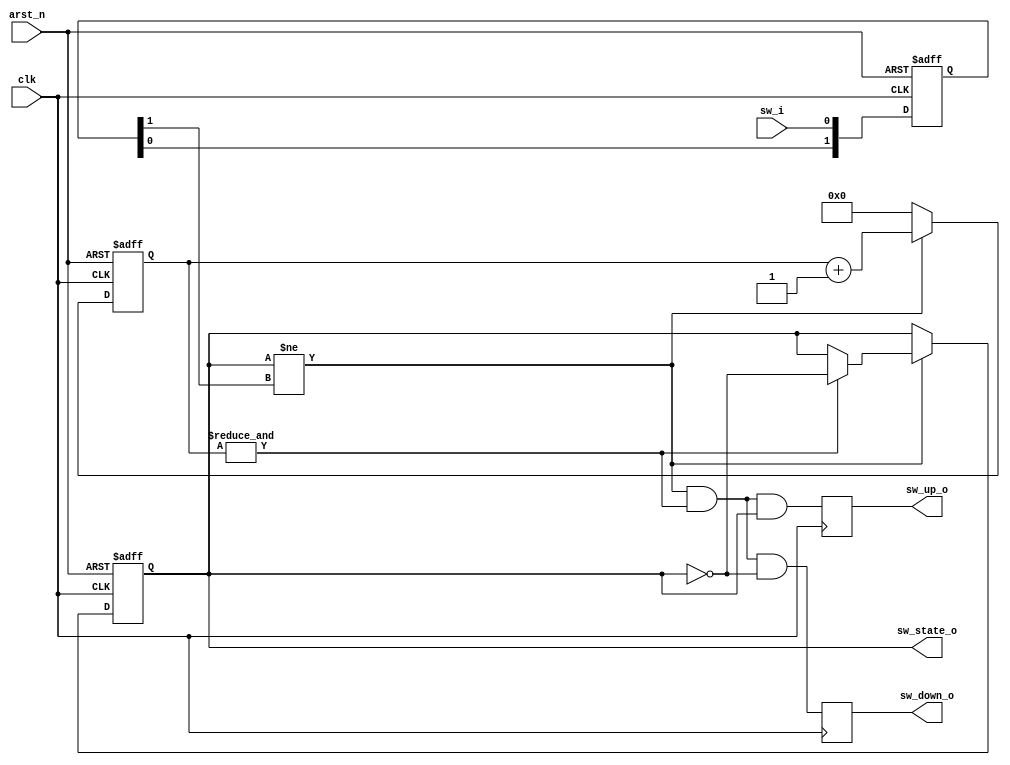
module button_debouncer #(
  parameter    CNT_WIDTH = 16
)(
  input clk     ,
  input arst_n  ,
  input sw_i    ,  
 
  output reg sw_state_o,  
  output reg sw_down_o,  
  output reg sw_up_o   
);
 
reg   [1:0] sw_r;
always @ ( posedge clk or negedge arst_n ) begin
  if ( !arst_n )
    sw_r <= 2'b00;
  else
    sw_r <= {sw_r[0], sw_i};
end 

reg [CNT_WIDTH-1:0] sw_count;
 
wire sw_change_f = (sw_state_o != sw_r[1]);
wire sw_cnt_max  = &sw_count;  
 
always @( posedge clk or negedge arst_n  ) begin
  if ( !arst_n ) begin
    sw_count   <= 0;
    sw_state_o <= 1;
  end 
  else if(sw_change_f) begin
    sw_count <= sw_count + 'd1;  
    if ( sw_cnt_max )
      sw_state_o <= ~sw_state_o;  
  end
  else begin
    sw_count <= 0;  
  end
 end
 
always @(posedge clk) begin
  sw_down_o <= sw_change_f & sw_cnt_max & ~sw_state_o;
  sw_up_o   <= sw_change_f & sw_cnt_max &  sw_state_o;
end
 
endmodule